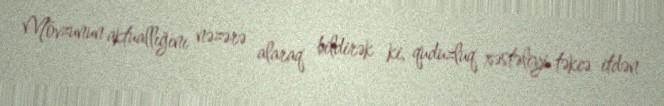
Mövzunun aktuallığını nəzərə alaraq bildirək ki, quduzluq xəstəliyi təkcə itdən